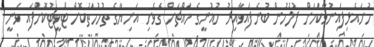
ހުށައެޅިފައިނުވާކަމަށް ފުލުހުން ބުނެފައިވާއިރު މުޣުނީގެ މައްޗަށް ގެވެށި އަނިޔާގެ ތުހުމަތުކޮށް ޓްވީޓުކޮށްފައި ވަނީ